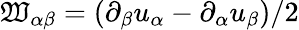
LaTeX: \mathfrak{W}_{\alpha\beta}=(\partial_{\beta}u_{\alpha}-\partial_{\alpha}u_{\beta})/2